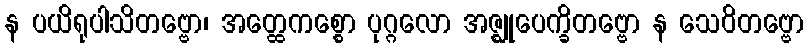
န ပယိရုပါသိတဗ္ဗော၊ အတ္ထေကစ္စော ပုဂ္ဂလော အဇ္ဈုပေက္ခိတဗ္ဗော န သေဝိတဗ္ဗော